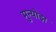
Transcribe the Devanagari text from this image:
मुन्योझ